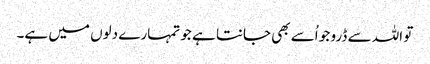
تو اللہ سے ڈرو جو اُسے بھی جانتا ہے جو تمہارے دلوں میں ہے۔